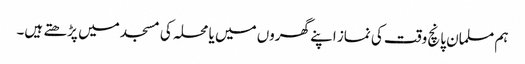
ہم مسلمان پانچ وقت کی نماز اپنے گھروں میں یا محلہ کی مسجد میں پڑھتے ہیں۔